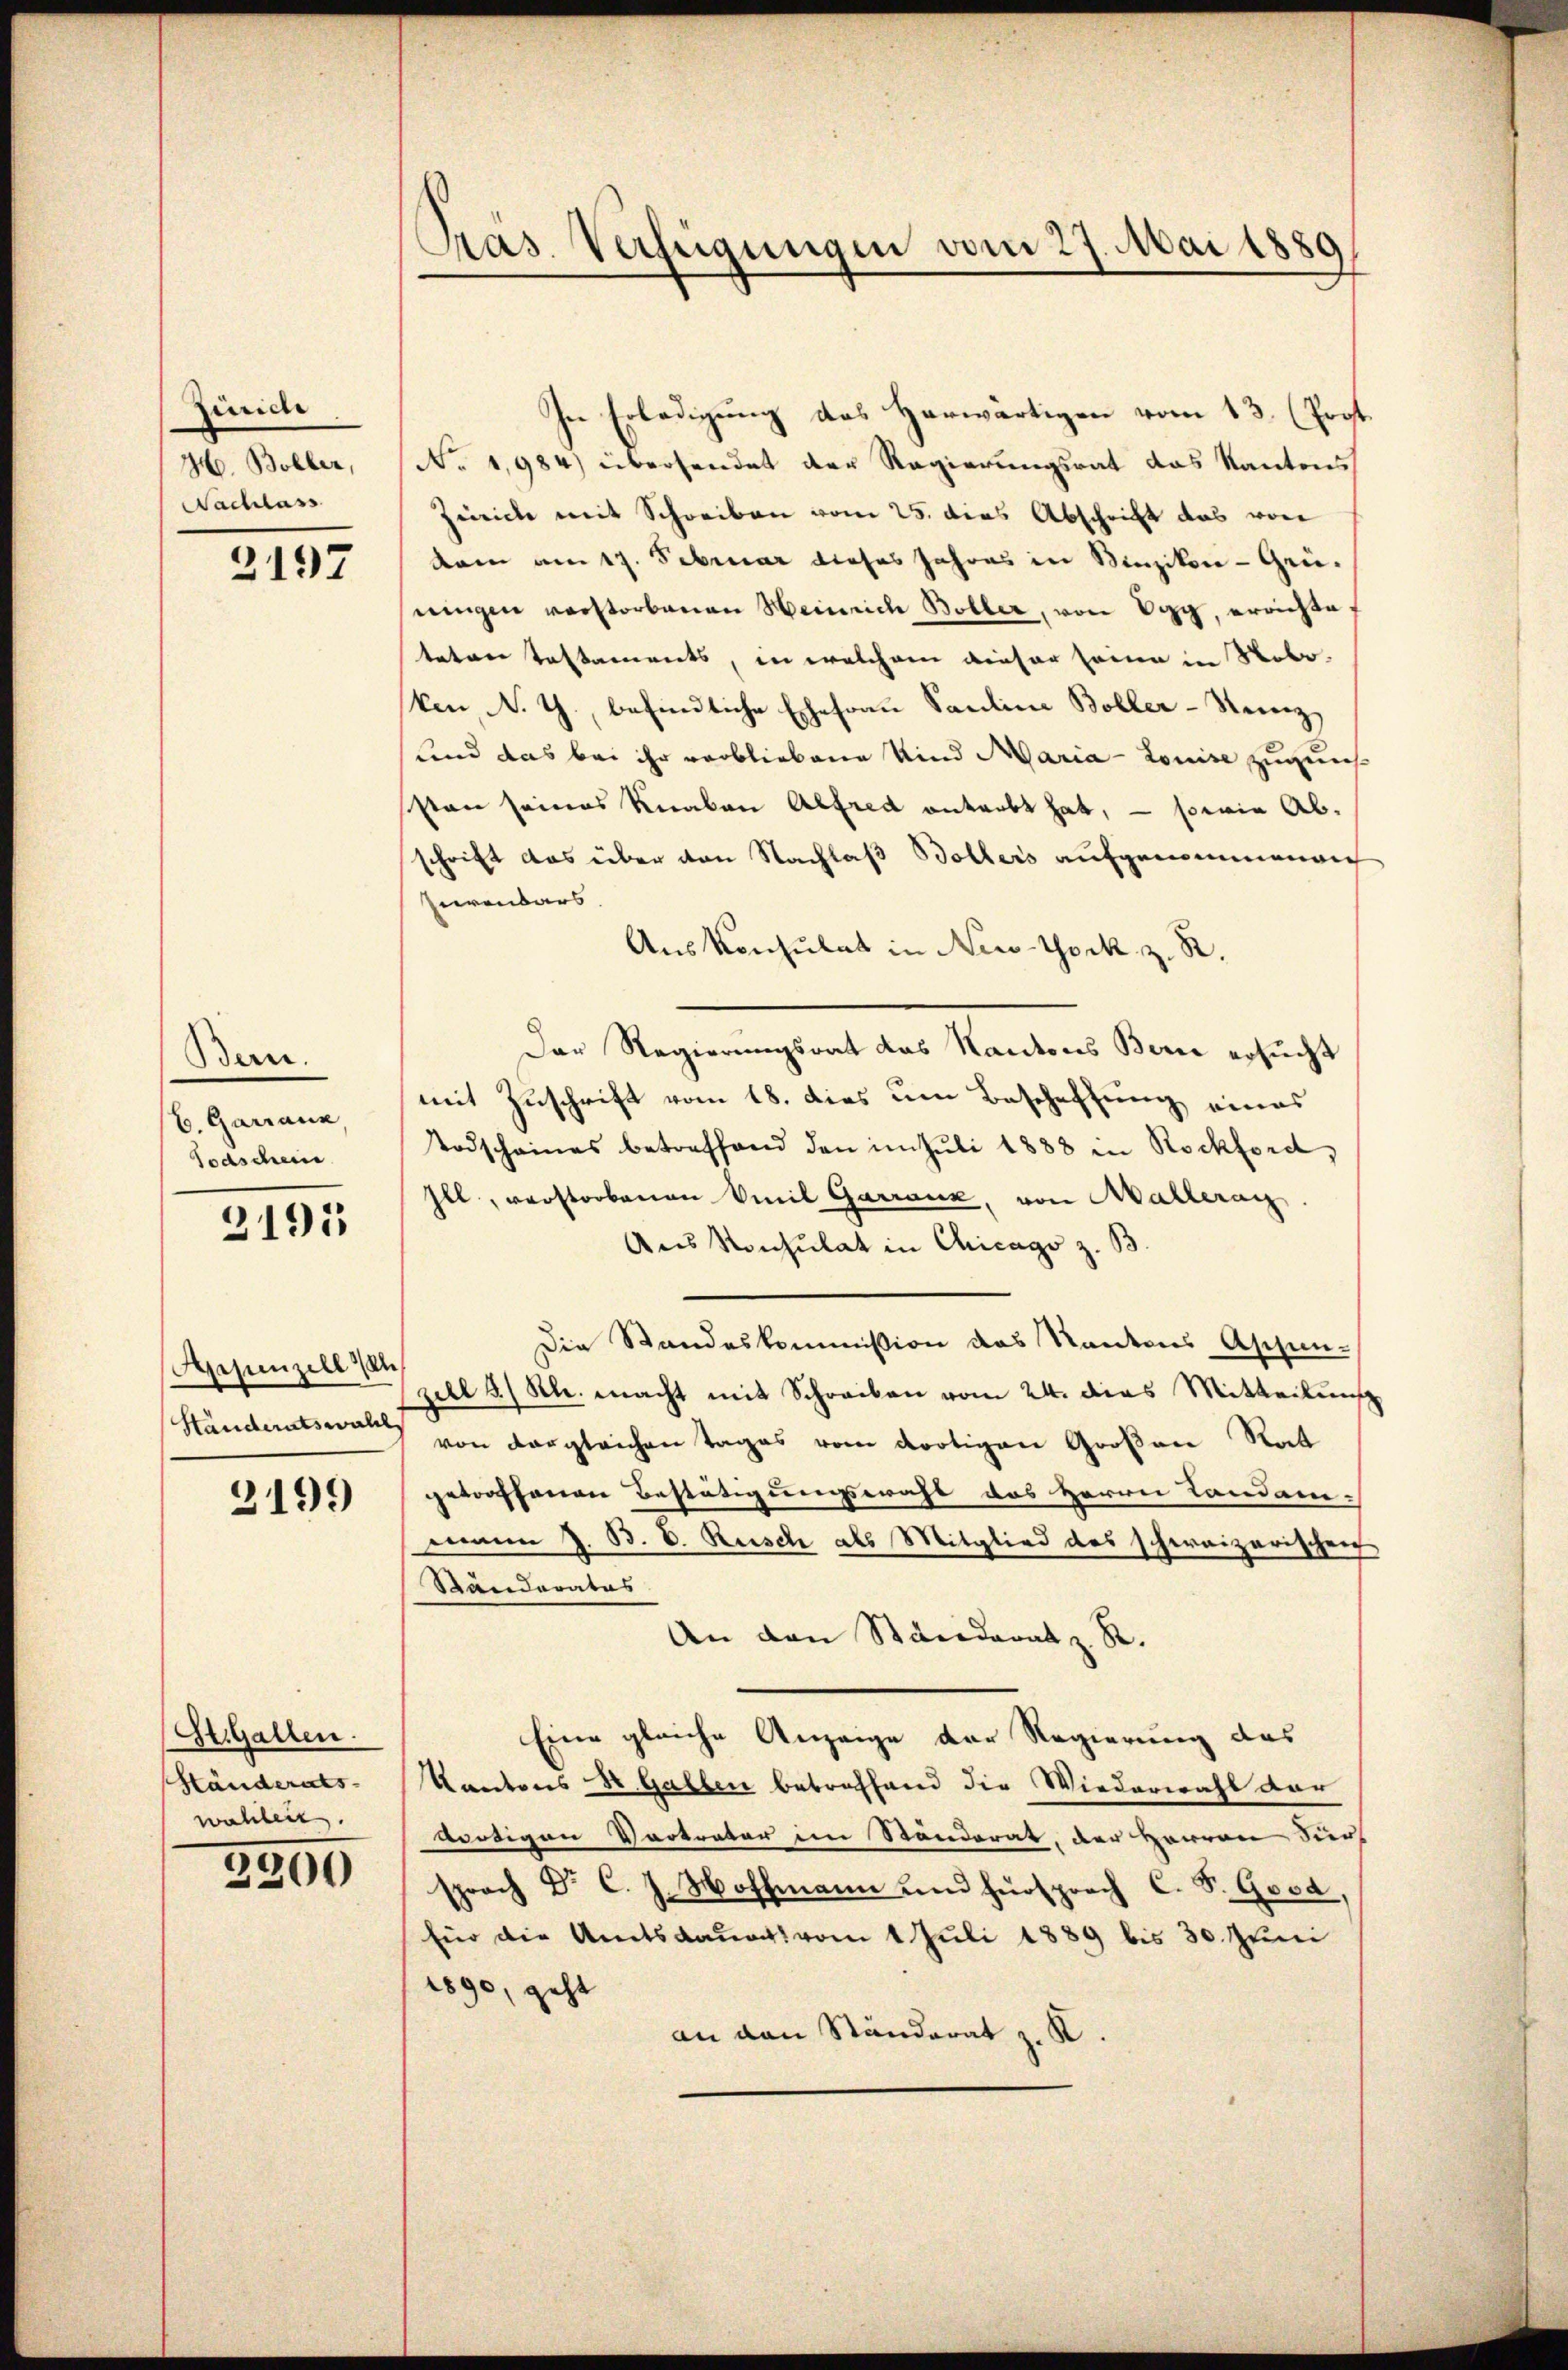
Zünich
H. Boller,
Nachlass

2197

Bern.
b. Garranz
Todschein

3191

Appenzell 14
Händeratswahl

2199

St. Gallen.
Händerats-
wahleit.

2200

Pas. Verfügungen vom 27. Mai 1889

In Erledigung des Herwärtigen vom 13. (Pogt.
No 1,984) übersendet der Regierungsrat das Kantons
Zeiche mit Schreiben vom 25. dies Abschrift das von
dam am 17. Februar dieses Jahres in Binzikon - Grüningen verstorbenen Heinrich Boller, von Egg, errichtetaten Testaments, in welchem dieser seine in Nobo-
ken, N. G., befindliche Ehefrau Pauline Boller-Steinz
und das bei ihr verbliebene Kind Maria- Louise zuguns
sten seines Knaben Alfred antrebt hat, — sowie Abschrift das über von Nachlaß Bollers aufgenommenach
Hurenbars
Auskonsulat in New-York z. R.
Der Regierungsrat das Kantons Berne ersucht
mit Zuschrift vom 18. dies um Beschaftung eines
Todschaines betreffend den im Juli 1888 in Rockford,
Ill, verstorbenen Emil Garranz, von Mallerag
Aus Konsulat in Chicago z. B.
Die Standeskommission das Kantons Aschen-
ziel 3/ Kl. macht mit Schreiben vom 24. dies Mitteilung
von vergleichen Tages vom dortigen Großene Rat
getroffenen Bestätigungswahl das Herrn Landam-
mann J. B. C. Rusch als Mitglied des schweizerischen
Ständerates
An den Standerat z. R.
Eine gleiche Anzeige der Regierung des
Kantons S. Gallen bebrochhand die Wiederwahl der
wortigen Vertreter im Standerat, der Herren dür
sprach Dr. C. J. Hoffmann und Fürsprach C. S. Good,
für die Amtsdauers vom 1 Juli 1889 bis 30. Juni
1890, geht
an den Ständerat z. K.